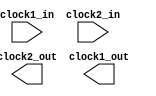
module dcmx3y0_2vp50 (
  clock1_in, clock2_out, clock1_out, clock2_in
);
  input clock1_in;
  output clock2_out;
  output clock1_out;
  input clock2_in;

// synthesis translate_off
  wire VCC_1;
  wire clkd1buf_1;
  wire clkd1inv_1;
  wire clkd1buf_2;
  wire clkd1inv_2;
  VCC VCC_0 (
    .P(VCC_1)
  );
  //defparam BUF1_1.LOC = "SLICE_X134Y0";
  defparam BUF1_1.INIT = 16'hff00;
  LUT4 BUF1_1 (
    .I0(VCC_1),
    .I1(VCC_1),
    .I2(VCC_1),
    .I3(clock1_in),
    .O(clkd1buf_1)
  );
  //defparam INV1_1.LOC = "SLICE_X134Y0";
  defparam INV1_1.INIT = 16'h00ff;
  LUT4 INV1_1 (
    .I0(VCC_1),
    .I1(VCC_1),
    .I2(VCC_1),
    .I3(clkd1buf_1),
    .O(clkd1inv_1)
  );
  //defparam INV2_1.LOC = "SLICE_X69Y1";
  defparam INV2_1.INIT = 16'h3333;
  LUT4 INV2_1 (
    .I0(VCC_1),
    .I1(clkd1inv_1),
    .I2(VCC_1),
    .I3(VCC_1),
    .O(clock1_out)
  );
  //defparam BUF1_2.LOC = "SLICE_X135Y1";
  defparam BUF1_2.INIT = 16'hf0f0;
  LUT4 BUF1_2 (
    .I0(VCC_1),
    .I1(VCC_1),
    .I2(clock2_in),
    .I3(VCC_1),
    .O(clkd1buf_2)
  );
  //defparam INV1_2.LOC = "SLICE_X135Y1";
  defparam INV1_2.INIT = 16'h00ff;
  LUT4 INV1_2 (
    .I0(VCC_1),
    .I1(VCC_1),
    .I2(VCC_1),
    .I3(clkd1buf_2),
    .O(clkd1inv_2)
  );
  //defparam INV2_2.LOC = "SLICE_X68Y0";
  defparam INV2_2.INIT = 16'h3333;
  LUT4 INV2_2 (
    .I0(VCC_1),
    .I1(clkd1inv_2),
    .I2(VCC_1),
    .I3(VCC_1),
    .O(clock2_out)
  );
// synthesis translate_on
endmodule